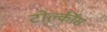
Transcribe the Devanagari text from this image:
टोल्कींस